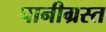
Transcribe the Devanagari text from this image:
पानीग्रस्त